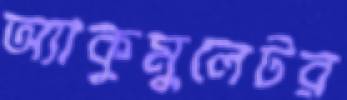
অ্যাকুমুলেটর